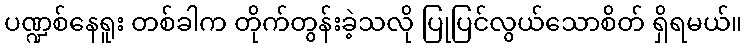
ပဏ္ဍစ်နေရူး တစ်ခါက တိုက်တွန်းခဲ့သလို ပြုပြင်လွယ်သောစိတ် ရှိရမယ်။